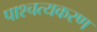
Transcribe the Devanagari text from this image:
पाश्चत्यकरण